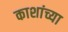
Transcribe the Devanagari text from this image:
काशांच्या